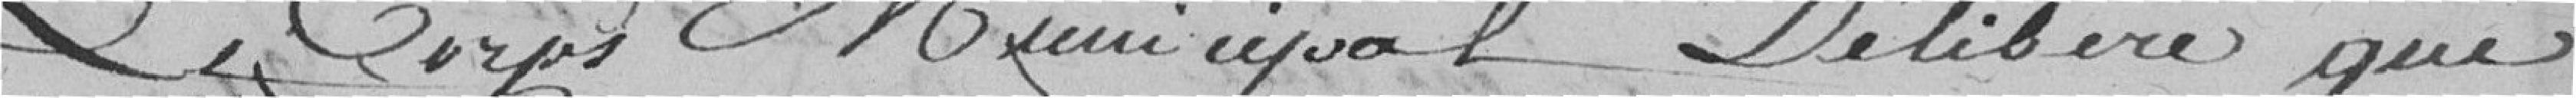
Le Corps Municipal délibère que